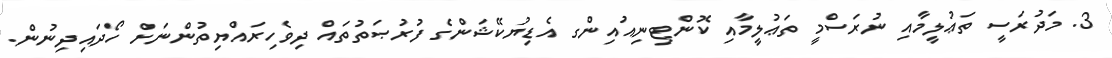
3. މަދުރަސީ ތަޢުލީމާއި ނުރަސްމީ ތަޢުލީމާއި ކޮންޓިނިއުއިންގ އެޑިޔުކޭޝަންގެ ފުރުޞަތުތައް ދިވެހިރައްޔިތުންނަށް ހޯދައިދިނުން.